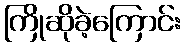
ကြိုဆိုခဲ့ကြောင်း